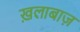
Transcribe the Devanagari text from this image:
ख़लाबाज़